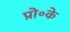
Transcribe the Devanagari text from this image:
प्रो॰के